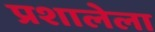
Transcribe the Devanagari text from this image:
प्रशालेला